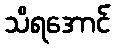
သိရအောင်